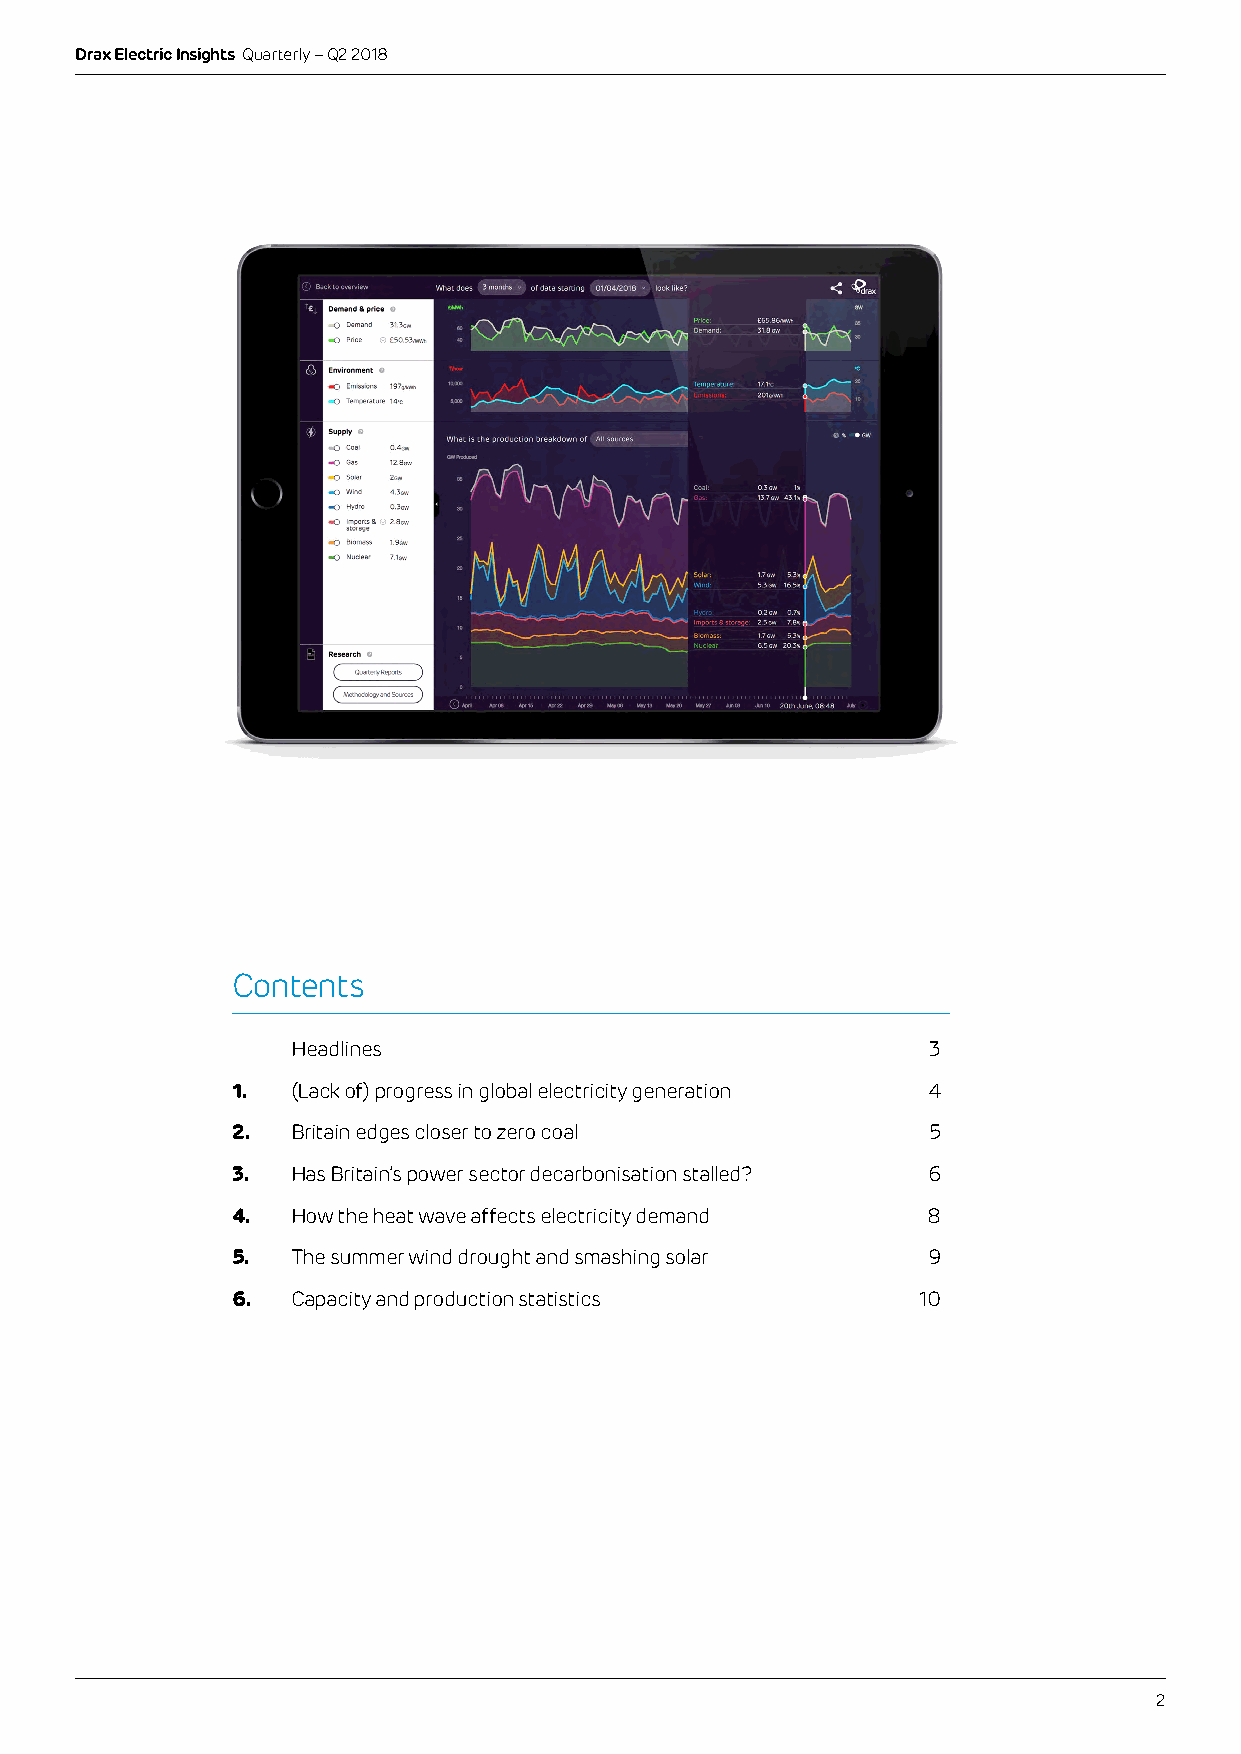
Drax Electric Insights Quarterly – Q2 2018
 Contents
 Headlines                                 3
 1.  (Lack of) progress in global electricity generation 4
 2.  Britain edges closer to zero coal          5
 3.  Has Britain’s power sector decarbonisation stalled? 6
 4.  How the heat wave affects electricity demand 8
 5.  The summer wind drought and smashing solar 9
 6.  Capacity and production statistics        10
 2